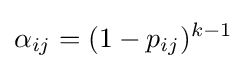
\alpha _{ij}=(1-p_{ij})^{k-1}